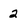
Character: 2